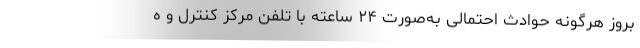
بروز هرگونه حوادث احتمالی به‌صورت ٢۴ ساعته با تلفن مرکز کنترل و ه